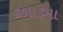
કલાકમા